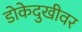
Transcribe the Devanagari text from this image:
डोकेदुखीवर